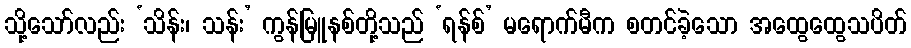
သို့သော်လည်း ‘သိန်း၊ သန်း’ ကွန်မြူနစ်တို့သည် ‘ရန်စ်’ မရောက်မီက စတင်ခဲ့သော အထွေထွေသပိတ်